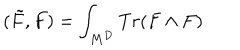
LaTeX: ( \tilde { F } , F ) = \int _ { M ^ { D } } T r ( F \wedge F )